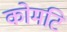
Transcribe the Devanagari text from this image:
कोमटि